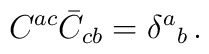
C^{ac}\bar C_{cb}=\delta^a{}_b \, .